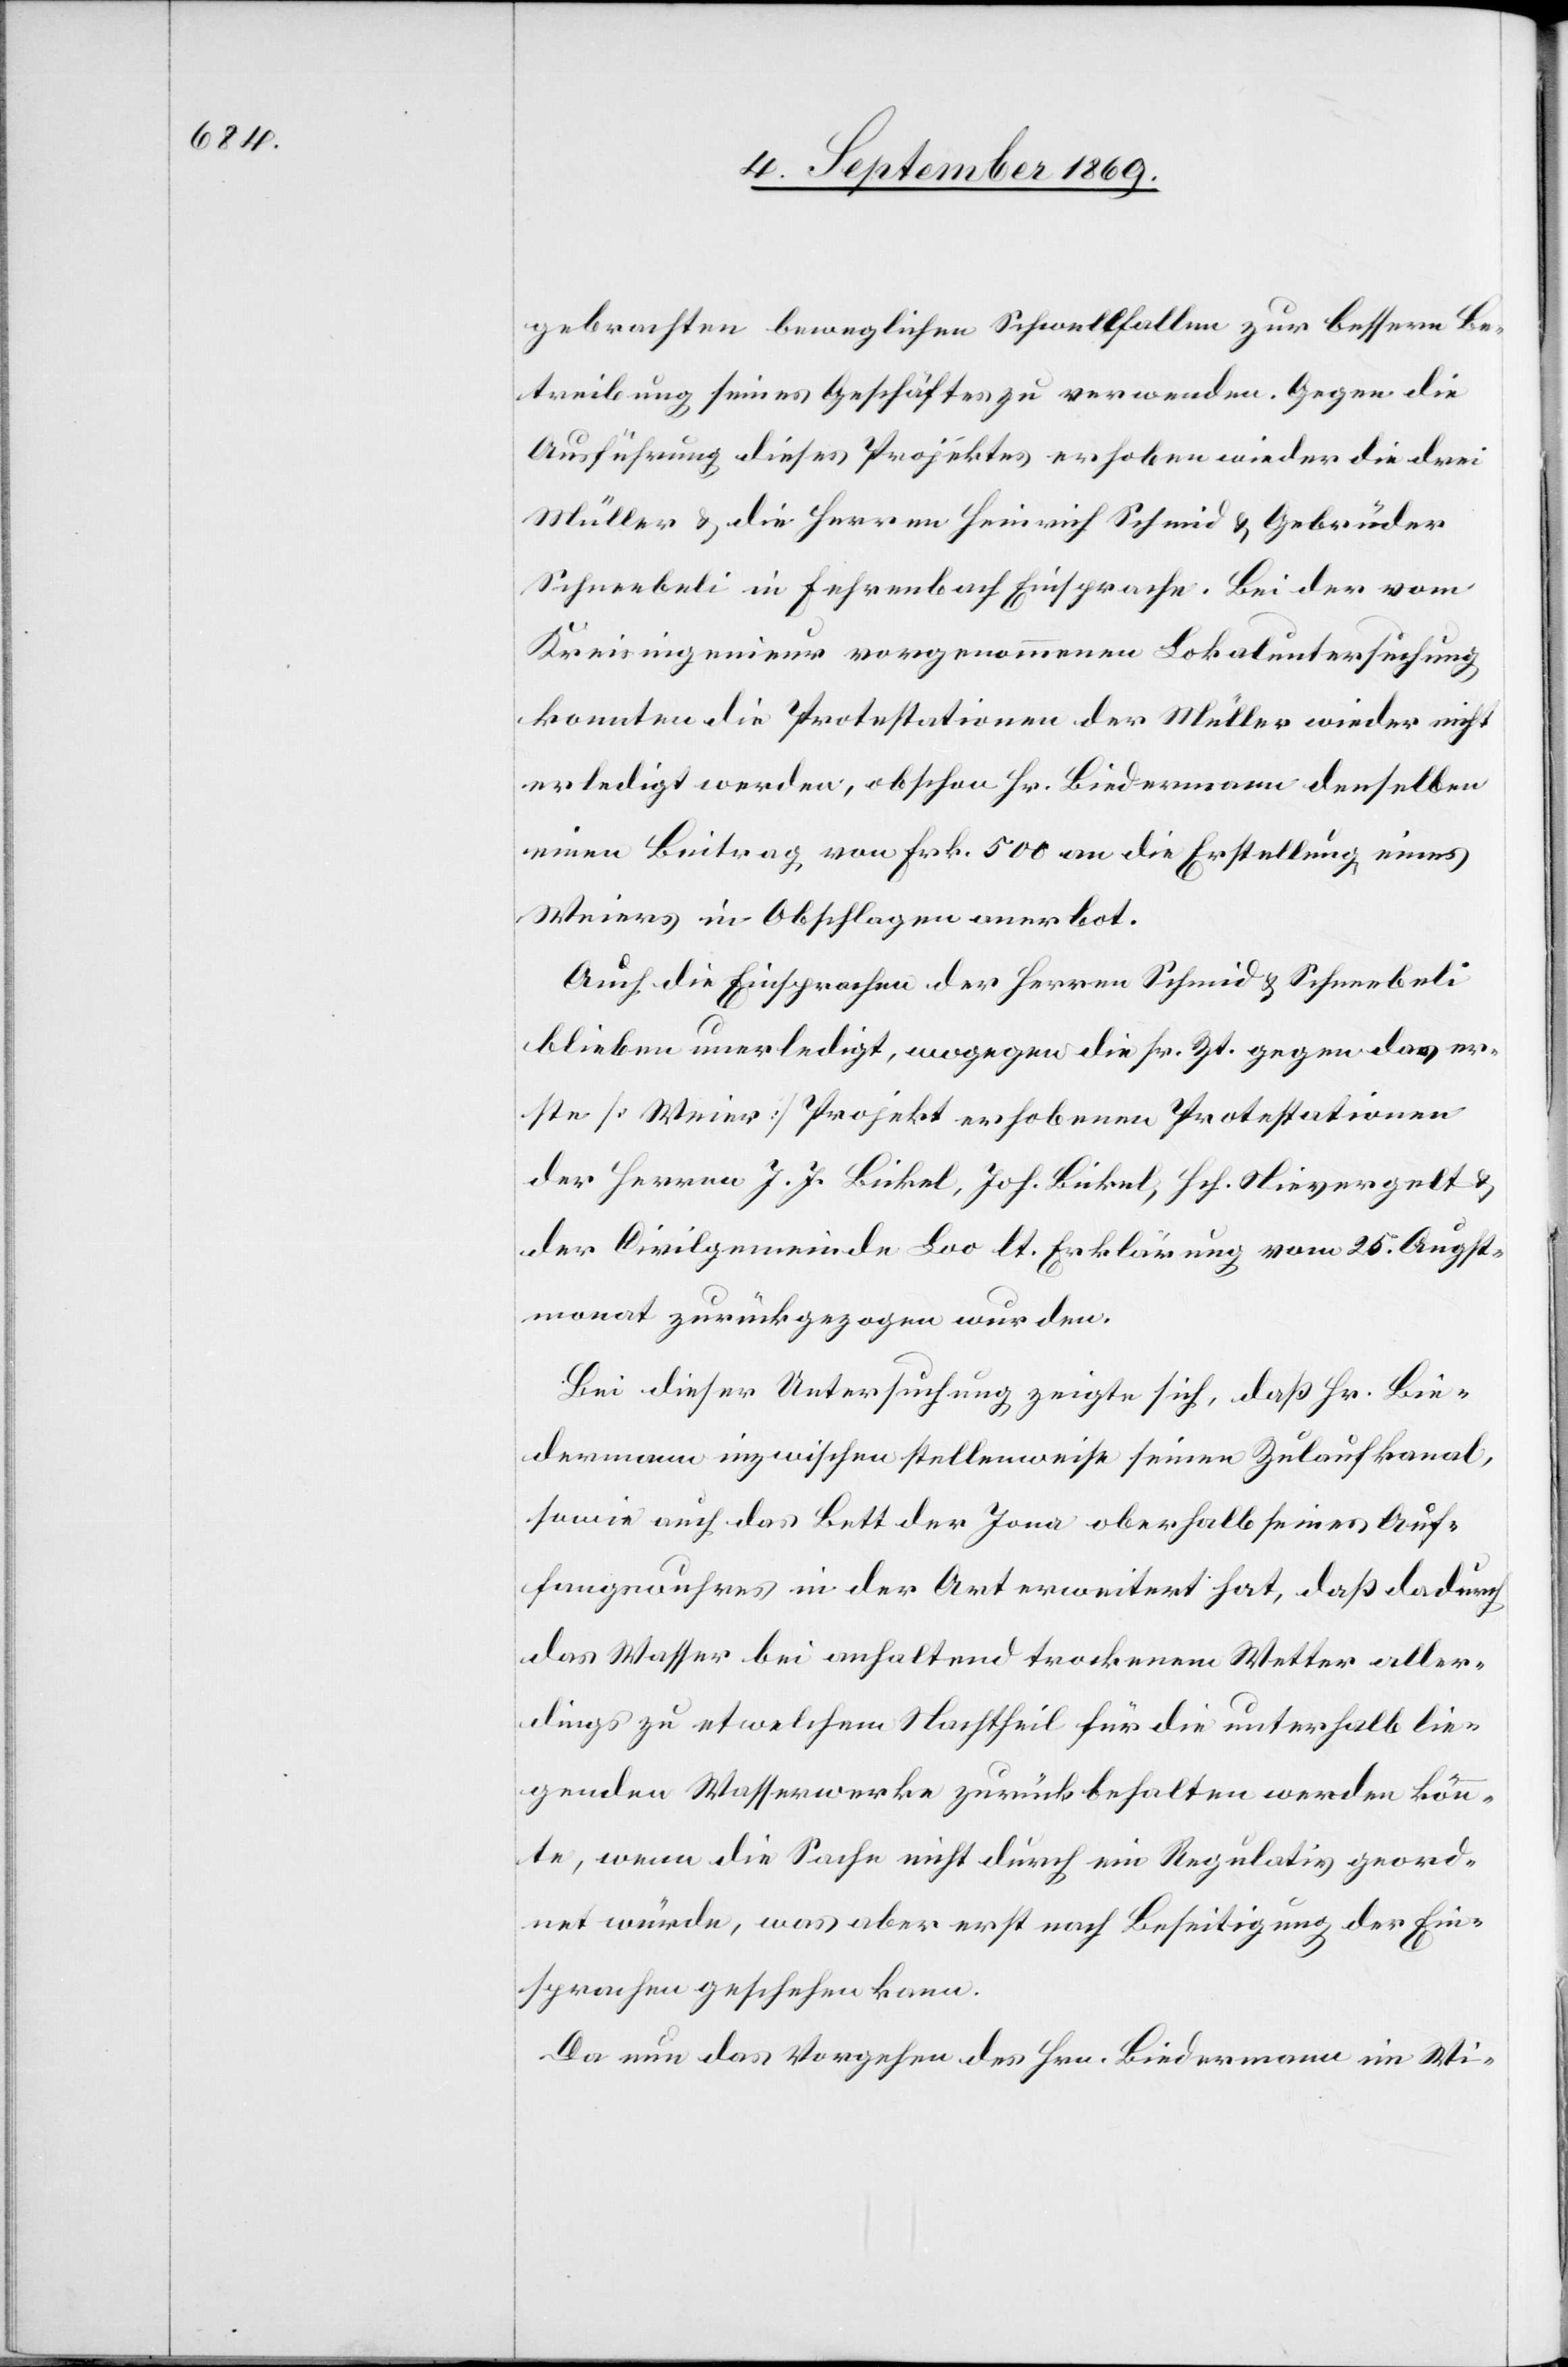
gebrachten beweglichen Schwellfallen zur bessern Be¬
treibung seines Geschäftes zu verwenden. Gegen die
Ausführung dieses Projektes erhoben wieder die drei
Müller & die Herren Heinrich Schmid & Gebrüder
Schneebeli in Fehrenbach Einsprache. Bei der vom
Kreisingenieur vorgenommenen Lokaluntersuchung
konnten die Protestationen der Müller wieder nicht
erledigt werden, obschon Hr. Biedermann denselben
einen Beitrag von Frk. 500 an die Erstellung eines
Weiers in Obschlagen anerbot.
Auch die Einsprachen der Herren Schmid & Schneebeli
blieben unerledigt, wogegen die sr. Zt. gegen das er¬
ste [Weier] Projekt erhobenen Protestationen
der Herren J. J. Bickel, Joh. Bickel, Hch. Nievergelt &
der Civilgemeinde Loo lt. Erklärung vom 25. Augst¬
monat zurückgezogen wurden.
Bei dieser Untersuchung zeigte sich, daß Hr. Bie¬
dermann inzwischen stellenweise seinen Zulaufkanal,
sowie auch das Bett der Jona oberhalb seines Auf¬
fangswuhres in der Art erweitert hat, daß dadurch
das Wasser bei anhaltend trockenem Wetter aller¬
dings zu etwelchem Nachtheil für die unterhalb lie¬
genden Wasserwerke zurückbehalten werden könn¬
te, wenn die Sache nicht durch ein Regulativ geord¬
net würde, was aber erst nach Beseitigung der Ein¬
sprachen geschehen kann.
Da nun das Vorgehen des Hrn. Biedermann im Wi-